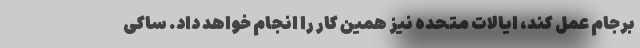
برجام عمل کند، ایالات متحده نیز همین کار را انجام خواهد داد. ساکی